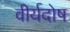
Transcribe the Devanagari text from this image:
वीर्यदोष